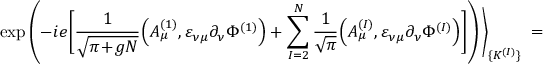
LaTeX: \exp \left( - i e \Bigg [ \frac { 1 } { \sqrt { \pi \! + \! g N } } \Big ( A _ { \mu } ^ { ( 1 ) } , \varepsilon _ { \nu \mu } \partial _ { \nu } \Phi ^ { ( 1 ) } \Big ) + \sum _ { I = 2 } ^ { N } \frac { 1 } { \sqrt { \pi } } \Big ( A _ { \mu } ^ { ( I ) } , \varepsilon _ { \nu \mu } \partial _ { \nu } \Phi ^ { ( I ) } \Big ) \Bigg ] \right) \Bigg \rangle _ { \{ K ^ { ( I ) } \} } \; =